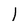
Character: I